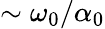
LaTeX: \sim\omega_{0}/\alpha_{0}